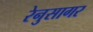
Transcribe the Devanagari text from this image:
रेनुसागर